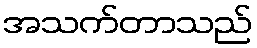
အသက်တာသည်